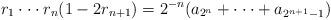
LaTeX: \begin{align*}r_{1}\cdot \cdot \cdot r_{n}(1-2r_{n+1})=2^{-n}(a_{2^{n}}+\cdot \cdot \cdot+a_{2^{n+1}-1}) \end{align*}